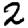
Digit: 2